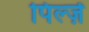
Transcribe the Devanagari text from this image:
पिल्ज़ें